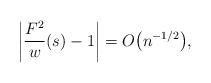
LaTeX: \begin{align*}\left\vert \frac{F^2}{w}(s) - 1 \right\vert = O\big(n^{-1/2}\big),\end{align*}